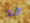
قد